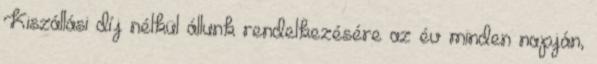
Kiszállási díj nélkül állunk rendelkezésére az év minden napján,